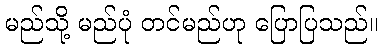
မည်သို့ မည်ပုံ တင်မည်ဟု ပြောပြသည်။